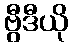
ဗွီဒီယို